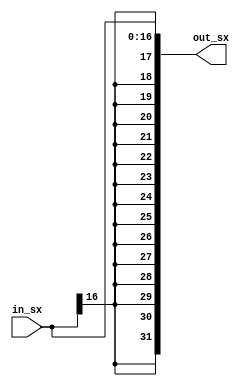
module SX(in_sx, out_sx);
  input [16:0] in_sx;
  output [31:0] out_sx;
  
  assign out_sx[16:0] = in_sx;
  assign out_sx[31:17] = {in_sx[16], in_sx[16], in_sx[16], in_sx[16], in_sx[16], in_sx[16], in_sx[16], in_sx[16], in_sx[16], in_sx[16], in_sx[16], in_sx[16], in_sx[16], in_sx[16], in_sx[16]};
endmodule